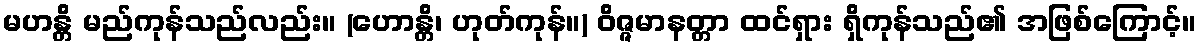
မဟန္တိ မည်ကုန်သည်လည်း။ (ဟောန္တိ၊ ဟုတ်ကုန်။) ဝိဇ္ဇမာနတ္တာ ထင်ရှား ရှိကုန်သည်၏ အဖြစ်ကြောင့်။